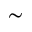
\sim